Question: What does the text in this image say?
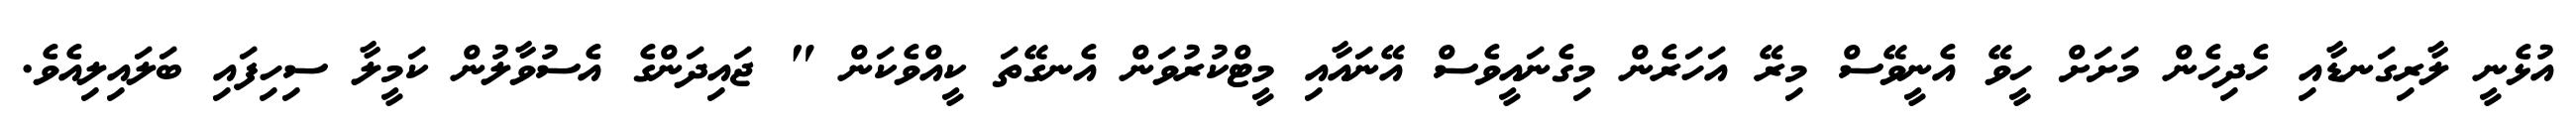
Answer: އުޅެނީ ލާރިގަނޑާއި ހެދިހެން މަށަށް ހީވޭ އެނީވޭސް މިރޭ އަހަރެން މިގެނައީވެސް އޭނައާއި މީޓްކުރުވަން އެނގޭތަ ކީއްވެކަން " ޖައިދަންގެ އެސުވާލުން ކަމީލާ ސިހިފައި ބަލައިލިއެވެ.